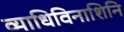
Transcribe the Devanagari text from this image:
व्याधिविनाशिनि